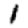
Digit: 1